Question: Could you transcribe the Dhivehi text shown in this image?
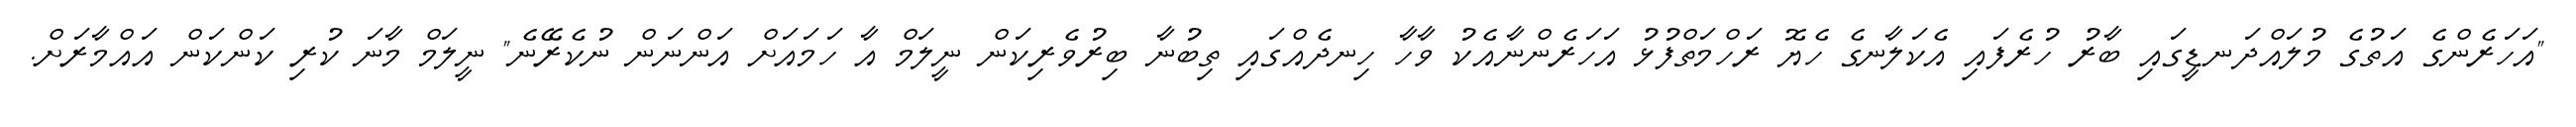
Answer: "އަހަރެންގެ އަތުގެ މުލައްދަނޑީގައި ބާރު ހުރެފައި އެކަލާނގެ ހެޔޮ ރަހްމަތްފުޅު އަހަރެންނާއެކު ވާހާ ހިނދެއްގައި ތިބުނާ ބިރުވެރިކަން ނީލަމް އާ ހަމައަށް އަންނަން ނުކެރޭނެ" ނީލަމް މާނަ ކުރި ކަންކަން އައްމާރަށް.